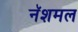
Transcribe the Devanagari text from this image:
नॅशमल